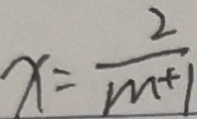
x = \frac { 2 } { m + 1 }